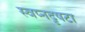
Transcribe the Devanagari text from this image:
स्वप्नदृषटा